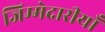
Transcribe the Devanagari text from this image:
जिम्मेदारीयाँ